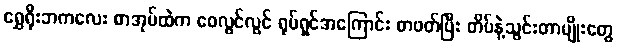
ရွှေရိုးဘကလေး စာအုပ်ထဲက ဝေလွင်လွင် ရုပ်ရှင်အကြောင်း စာဖတ်ပြီး တိပ်နဲ့သွင်းတာမျိုးတွေ